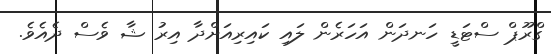
ގްރޫޕް ސްޓަޑީ ހަނދަން އަހަރެން ލައި ކައިރިއަށްދާ އިރު ޝާ ވެސް ދެއެވެ.